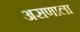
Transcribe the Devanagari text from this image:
असणाला